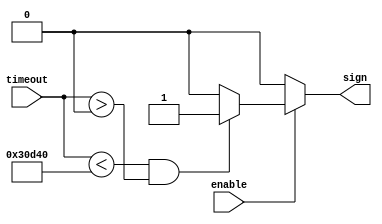
module sign(timeout, enable, sign);

input [31:0] timeout;
input enable;
output reg sign;

initial sign =0;

always @ ( enable )
begin

if (enable)
sign = (timeout < 32'd200000 && timeout > 0)? 1:0;

else sign =0;

end

endmodule